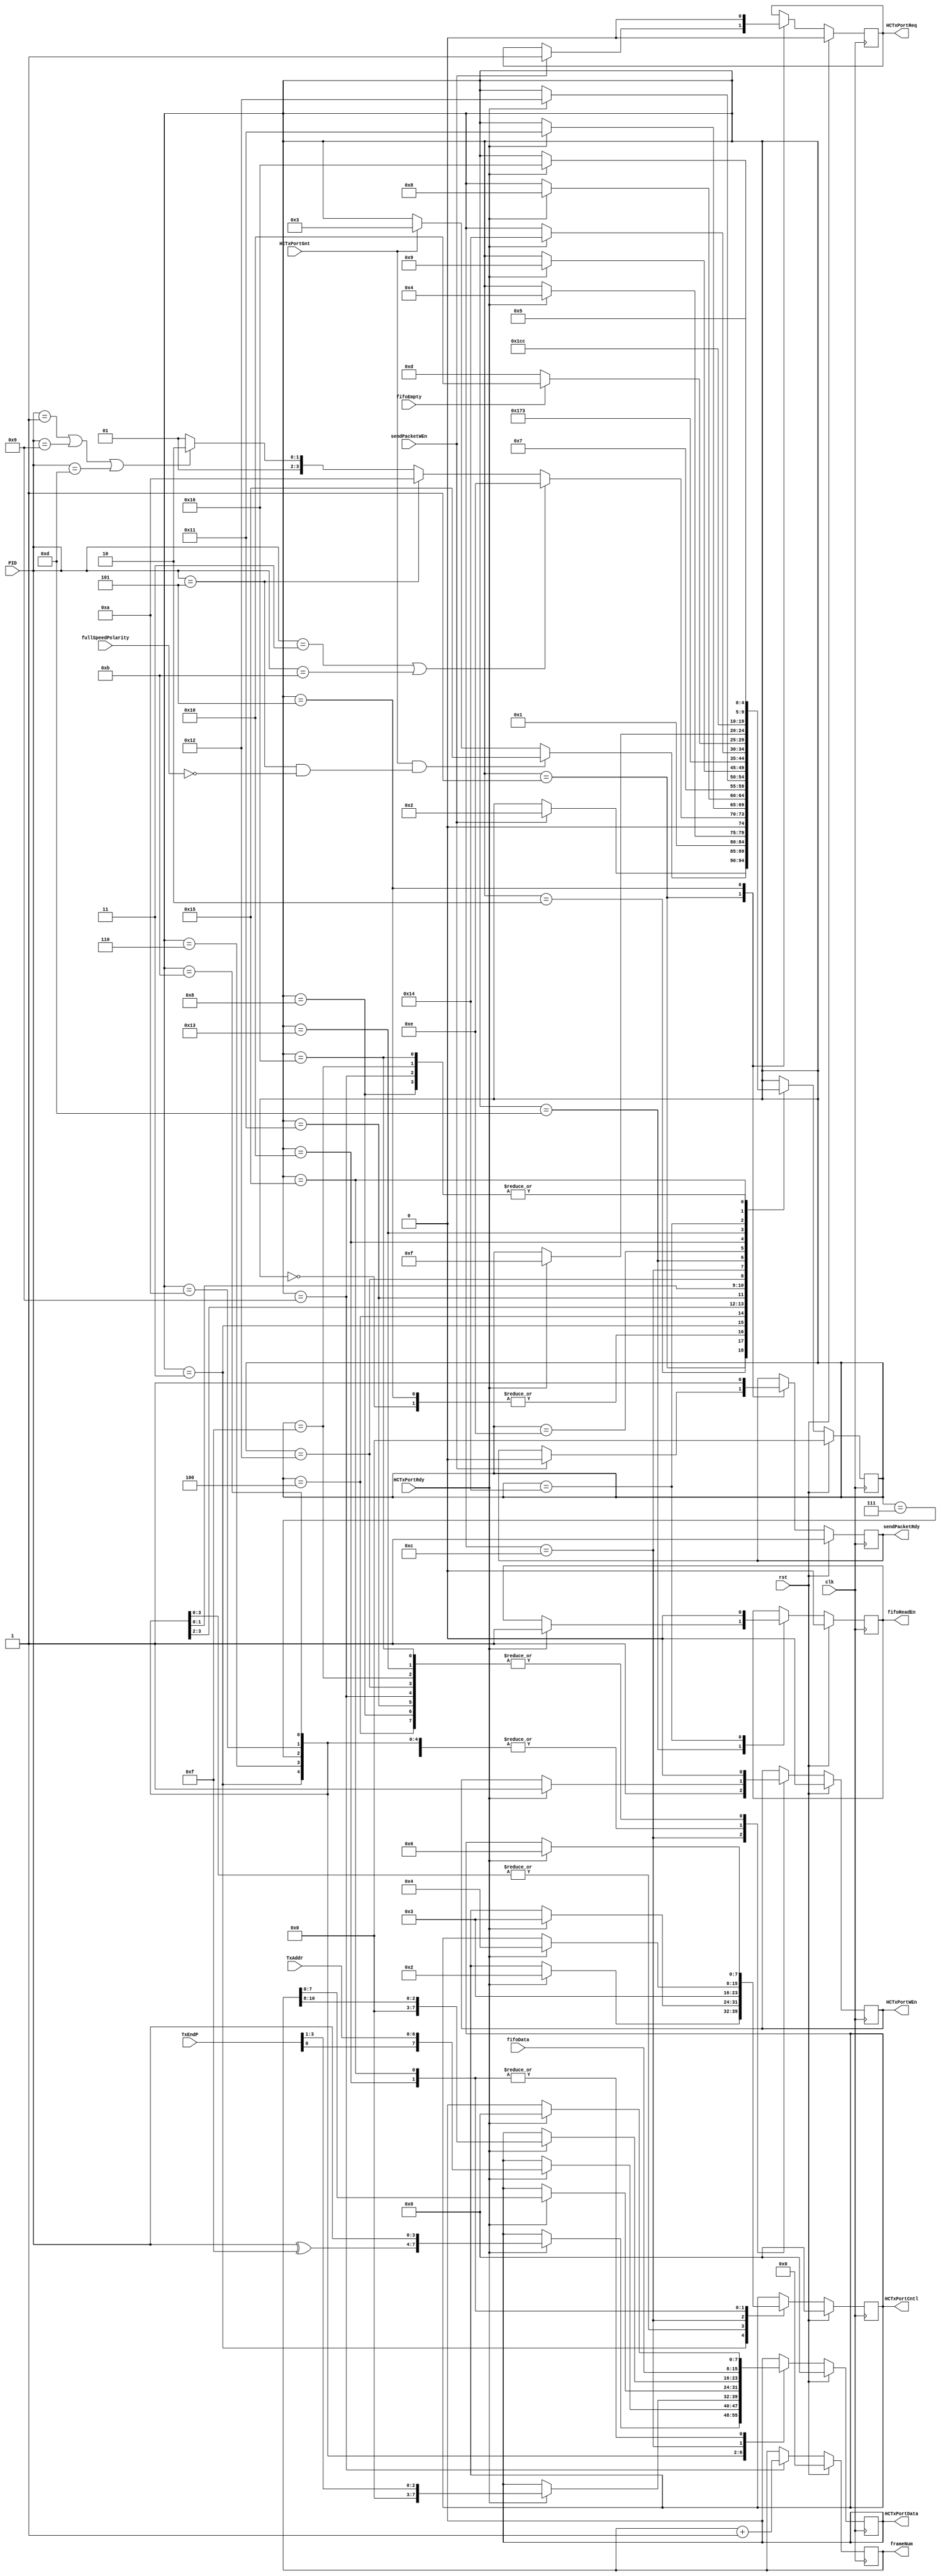
module sendPacket (
	input				HCTxPortGnt,
	input				HCTxPortRdy,
	input		[3:0]	PID,
	input		[6:0]	TxAddr,
	input		[3:0]	TxEndP,
	input				clk,
	input		[7:0]	fifoData,
	input				fifoEmpty,
	input				fullSpeedPolarity,
	input				rst,
	input				sendPacketWEn,
	output	reg	[7:0]	HCTxPortCntl,
	output	reg	[7:0]	HCTxPortData,
	output	reg			HCTxPortReq,
	output	reg			HCTxPortWEn,
	output	reg			fifoReadEn,
	output	reg	[10:0]	frameNum,
	output	reg			sendPacketRdy
);

	reg		[7:0]	next_HCTxPortCntl;
	reg		[7:0]	next_HCTxPortData;
	reg				next_HCTxPortReq;
	reg				next_HCTxPortWEn;
	reg				next_fifoReadEn;
	reg		[10:0]	next_frameNum;
	reg				next_sendPacketRdy;

	wire	[7:0]	PIDNotPID;
	reg		[4:0]	CurrState_sndPkt;
	reg		[4:0]	NextState_sndPkt;

	assign PIDNotPID = {(PID^4'hf), PID};

	//--------------------------------------------------------------------
	// Machine: sndPkt
	//--------------------------------------------------------------------
	//----------------------------------
	// Next State Logic (combinatorial)
	//----------------------------------
	always@(*) begin
		NextState_sndPkt <= CurrState_sndPkt;
		// Set default values for outputs and signals
		next_sendPacketRdy <= sendPacketRdy;
		next_HCTxPortReq <= HCTxPortReq;
		next_HCTxPortWEn <= HCTxPortWEn;
		next_HCTxPortData <= HCTxPortData;
		next_HCTxPortCntl <= HCTxPortCntl;
		next_frameNum <= frameNum;
		next_fifoReadEn <= fifoReadEn;
		case(CurrState_sndPkt)
			5'd0: begin
				NextState_sndPkt <= 5'd1;
			end
			5'd1: begin
				if(sendPacketWEn) begin
					NextState_sndPkt <= 5'd2;
					next_sendPacketRdy <= 1'b0;
					next_HCTxPortReq <= 1'b1; end
			end
			5'd2: begin
				if(HCTxPortGnt & ((PID==4'h5)&~fullSpeedPolarity))	NextState_sndPkt <= 5'd21;
				else if(HCTxPortGnt)								NextState_sndPkt <= 5'd3;
			end
			5'd5: begin
				NextState_sndPkt <= 5'd1;
				next_sendPacketRdy <= 1'b1;
				next_HCTxPortReq <= 1'b0;
			end
			5'd3: begin
				if(HCTxPortRdy) begin
					NextState_sndPkt <= 5'd4;
					next_HCTxPortWEn <= 1'b1;
					next_HCTxPortData <= PIDNotPID;
					next_HCTxPortCntl <= 8'h02; end
			end
			5'd4: begin
				next_HCTxPortWEn <= 1'b0;
				if((PID==4'h3)|(PID==4'hb))						NextState_sndPkt <= 5'd14;
				else if(PID==4'h5)								NextState_sndPkt <= 5'd10;
				else if((PID==4'h1)|(PID==4'h9)|(PID==4'hd))	NextState_sndPkt <= 5'd6;
				else											NextState_sndPkt <= 5'd5;
			end
			5'd6: begin
				if(HCTxPortRdy) begin
					NextState_sndPkt <= 5'd17;
					next_HCTxPortWEn <= 1'b1;
					next_HCTxPortData <= {TxEndP[0], TxAddr[6:0]};
					next_HCTxPortCntl <= 8'h03; end
			end
			5'd7: begin
				if(HCTxPortRdy) begin
					NextState_sndPkt <= 5'd8;
					next_HCTxPortWEn <= 1'b1;
					next_HCTxPortData <= {5'b00000, TxEndP[3:1]};
					next_HCTxPortCntl <= 8'h03; end
			end
			5'd8: begin
				next_HCTxPortWEn <= 1'b0;
				NextState_sndPkt <= 5'd5;
			end
			5'd17: begin
				next_HCTxPortWEn <= 1'b0;
				NextState_sndPkt <= 5'd7;
			end
			5'd9: begin
				next_HCTxPortWEn <= 1'b0;
				next_frameNum <= frameNum + 1'b1;
				NextState_sndPkt <= 5'd5;
			end
			5'd10: begin
				if(HCTxPortRdy) begin
					NextState_sndPkt <= 5'd18;
					next_HCTxPortWEn <= 1'b1;
					next_HCTxPortData <= frameNum[7:0];
					next_HCTxPortCntl <= 8'h03; end
			end
			5'd11: begin
				if(HCTxPortRdy) begin
					NextState_sndPkt <= 5'd9;
					next_HCTxPortWEn <= 1'b1;
					next_HCTxPortData <= {5'b00000, frameNum[10:8]};
					next_HCTxPortCntl <= 8'h03; end
			end
			5'd18: begin
				next_HCTxPortWEn <= 1'b0;
				NextState_sndPkt <= 5'd11;
			end
			5'd12: begin
				next_HCTxPortWEn <= 1'b1;
				next_HCTxPortData <= fifoData;
				next_HCTxPortCntl <= 8'h03;
				NextState_sndPkt <= 5'd19;
			end
			5'd13: begin
				if(HCTxPortRdy) begin
					NextState_sndPkt <= 5'd20;
					next_fifoReadEn <= 1'b1; end
			end
			5'd14: begin
				if(~fifoEmpty)	NextState_sndPkt <= 5'd13;
				else			NextState_sndPkt <= 5'd16;
			end
			5'd15: begin
				next_HCTxPortWEn <= 1'b0;
				NextState_sndPkt <= 5'd5;
			end
			5'd16: begin
				if(HCTxPortRdy) begin
					NextState_sndPkt <= 5'd15;
					//Last byte is not valid data,
					//but the 'TX_PACKET_STOP' flag is required
					//by the SIE state machine to detect end of data packet
					next_HCTxPortWEn <= 1'b1;
					next_HCTxPortData <= 8'h00;
					next_HCTxPortCntl <= 8'h04; end
			end
			5'd19: begin
				next_HCTxPortWEn <= 1'b0;
				NextState_sndPkt <= 5'd14;
			end
			5'd20: begin
				next_fifoReadEn <= 1'b0;
				NextState_sndPkt <= 5'd12;
			end
			5'd21: begin
				if(HCTxPortRdy) begin
					NextState_sndPkt <= 5'd22;
					next_HCTxPortWEn <= 1'b1;
					next_HCTxPortData <= 8'h00;
					next_HCTxPortCntl <= 8'h06; end
			end
			5'd22: begin
				next_HCTxPortWEn <= 1'b0;
				NextState_sndPkt <= 5'd5;
			end
		endcase
	end

	//----------------------------------
	// Current State Logic (sequential)
	//----------------------------------
	always@(posedge clk) begin
		if(rst)	CurrState_sndPkt <= 5'd0;
		else	CurrState_sndPkt <= NextState_sndPkt;
	end

	//----------------------------------
	// Registered outputs logic
	//----------------------------------
	always@(posedge clk) begin
		if(rst) begin
			sendPacketRdy <= 1'b1;
			HCTxPortReq <= 1'b0;
			HCTxPortWEn <= 1'b0;
			HCTxPortData <= 8'h00;
			HCTxPortCntl <= 8'h00;
			frameNum <= 11'h000;
			fifoReadEn <= 1'b0; end
		else begin
			sendPacketRdy <= next_sendPacketRdy;
			HCTxPortReq <= next_HCTxPortReq;
			HCTxPortWEn <= next_HCTxPortWEn;
			HCTxPortData <= next_HCTxPortData;
			HCTxPortCntl <= next_HCTxPortCntl;
			frameNum <= next_frameNum;
			fifoReadEn <= next_fifoReadEn; end
	end

endmodule